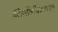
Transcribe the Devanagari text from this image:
निर्मितीपश्चात